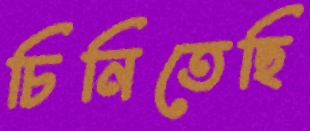
চিনিতেছি